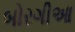
બોરગીઆ